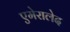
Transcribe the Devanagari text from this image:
एमेरालेद